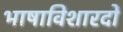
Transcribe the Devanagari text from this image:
भाषाविशारदों